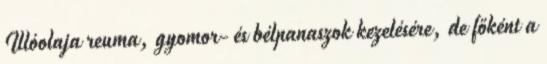
Illóolaja reuma, gyomor- és bélpanaszok kezelésére, de főként a